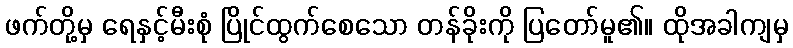
ဖက်တို့မှ ရေနှင့်မီးစုံ ပြိုင်ထွက်စေသော တန်ခိုးကို ပြတော်မူ၏။ ထိုအခါကျမှ